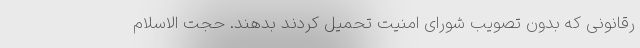
رقانونی که بدون تصویب شورای امنیت تحمیل کردند بدهند. حجت الاسلام